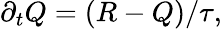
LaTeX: \partial_{t}Q=(R-Q)/\tau,